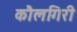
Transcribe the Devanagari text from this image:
कौलगिरी